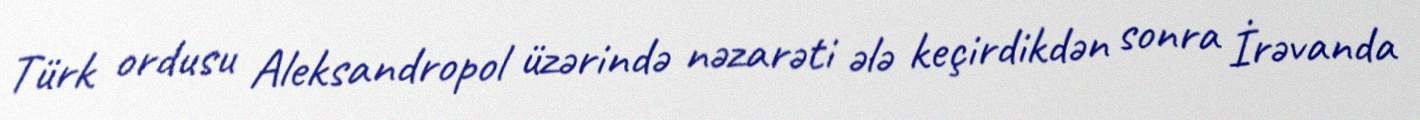
Türk ordusu Aleksandropol üzərində nəzarəti ələ keçirdikdən sonra İrəvanda